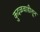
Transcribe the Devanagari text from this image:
कुदळवाडीतून